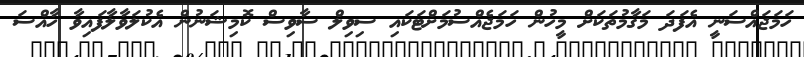
ހަމަޖައްސަނީ އެފަދަ މަގާމުތަކަށް މީހުން ހަމަޖެއްސުމަށްޓަކައި ސިވިލް ސާވިސް ކޮމިޝަނުން އެކުލަވާލާފައިވާ ހާއްސަ